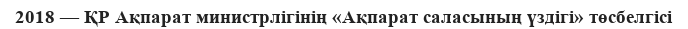
2018 — ҚР Ақпарат министрлігінің «Ақпарат саласының үздігі» төсбелгісі